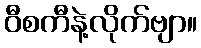
ဝီစကီနဲ့လိုက်ဗျာ။